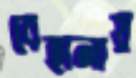
বেহালায়